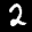
Label: 2